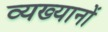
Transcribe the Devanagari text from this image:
व्यख्यानों